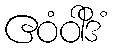
ဧဝံဝါဒိံ